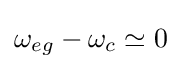
\omega _{eg}-\omega _{c}\simeq 0